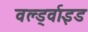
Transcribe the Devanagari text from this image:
वर्ल्ड्वाइड